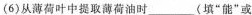
(6)从薄荷叶中提取薄荷油时___(填”能”或